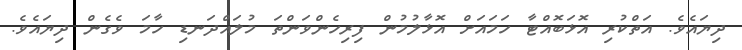
ދިޔައެވެ. އަތްކުރި އޮޅަބޮއްޓާ ހަމައަށް އޮޅާލުމުން ފިރިހެންވަންތަ މުލައްދަނޑި ހާމަ ވެގެން ދިޔައެވެ.